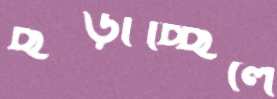
ছড়াচ্ছিলে